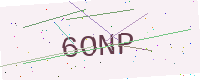
Text: 6ONP